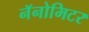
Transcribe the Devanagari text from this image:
नॅनोमिटर